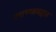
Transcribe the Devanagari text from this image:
रचण्याबद्दल